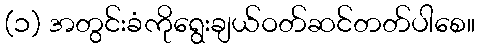
(၁) အတွင်းခံကိုရွေးချယ်ဝတ်ဆင်တတ်ပါစေ။